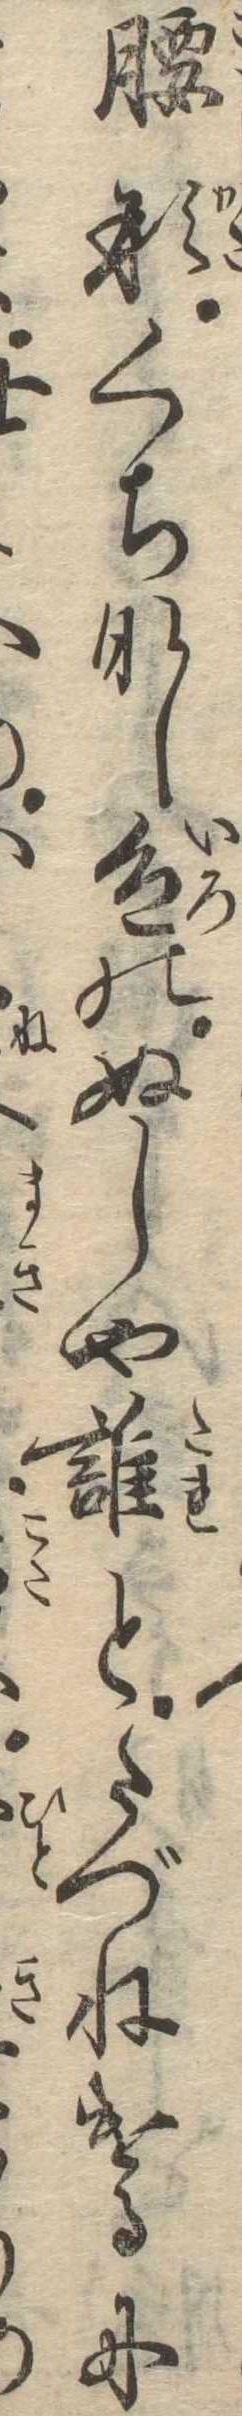
腰形くちなし色のぬしや誰とたづねけるに